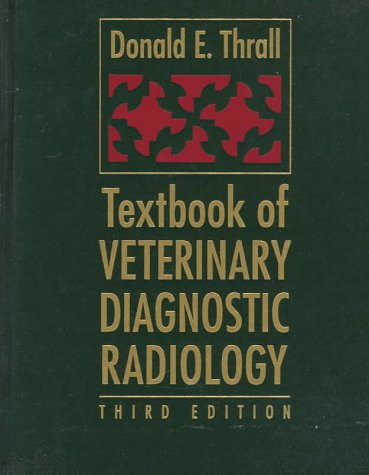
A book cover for Textbook of Veterinary Diagnostic Radiology; Donald E. Thrall; Medical Books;